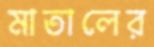
মাতালের